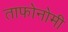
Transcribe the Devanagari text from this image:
ताफोनोमी